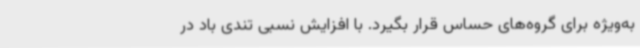
به‌ویژه برای گروه‌های حساس قرار بگیرد. با افزایش نسبی تندی باد در